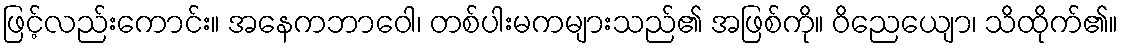
ဖြင့်လည်းကောင်း။ အနေကဘာဝေါ၊ တစ်ပါးမကများသည်၏ အဖြစ်ကို။ ဝိညေယျော၊ သိထိုက်၏။